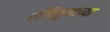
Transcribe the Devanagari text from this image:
बोधिवृक्षाच्या